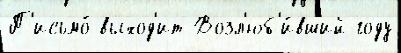
П'исьмо́ выход'ит Возл'юб'и́вший году